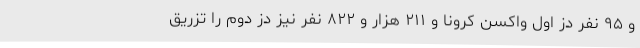
و ۹۵ نفر دُز اول واکسن کرونا و ۲۱۱ هزار و ۸۲۲ نفر نیز دُز دوم را تزریق